Report on the working of the mental hospitals for Indians in Bihar and Orissa - 1925-1929
Year: 1925
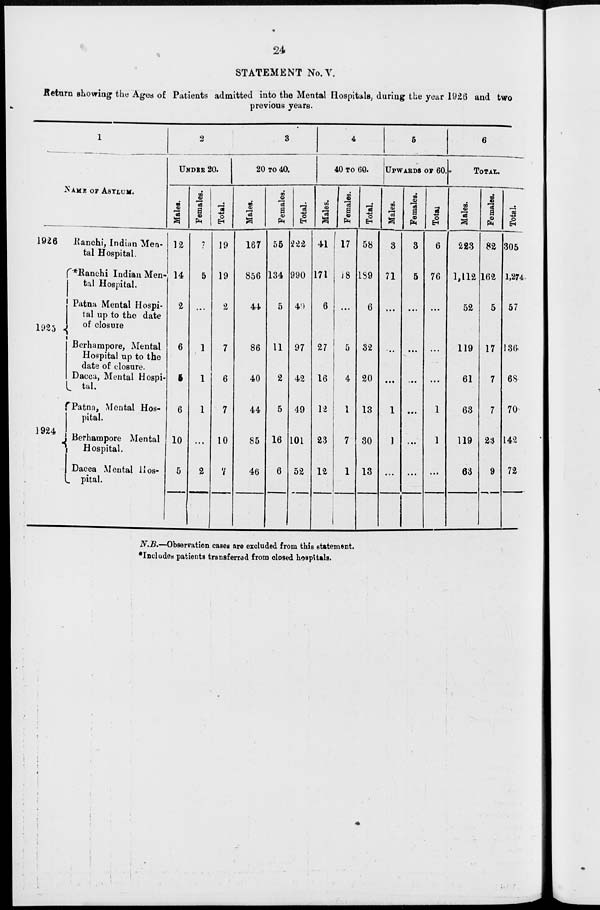
24
STATEMENT No.V.
Return showing the Ages of Patients admitted into the Mental Hospitals, during the year 1926 and two
previous years.
1
NAME OF ASYLUMS.
1926
1925
1924
Ranchi, Indian Men-
tal Hospital.
*Ranchi Indian Men-
tal Hospital.
Patna Mental Hospi-
tal up to the date
of closure.
Berhampore, Mental
Hospital up to the
date of closure.
Dacca, Mental Hospi-
tal.
Patna, Mental Hos-
pital.
Berhampore Mental
Hospital.
Dacca Mental Hos-
pital.
2
UNDER 20.
Males.
12
14
2
6
5
6
10
5
Females.
7
5
...
1
1
1
...
2
Total.
19
19
2
7
6
7
10
7
3
20 TO 40.
Males.
167
856
44
86
40
44
85
46
Females.
55
134
5
11
2
5
16
6
Total.
222
990
49
97
42
49
101
52
4
40 TO 60.
Males.
41
171
6
27
16
12
23
12
Females.
17
18
...
5
4
1
7
1
Total.
58
189
6
32
20
13
30
13
5
UPWARDS OF 60.
Males.
3
71
...
...
...
1
1
...
Females.
3
5
...
...
...
...
...
...
Total.
6
76
...
...
...
1
1
...
6
TOTAL.
Males.
223
1,112
52
119
61
63
119
63
Females.
82
162
5
17
7
7
23
9
Total.
305
1,274
57
136
68
70
142
72
N.B.—Observation cases are excluded from this statement.
*Includes patients transferred from closed hospitals.